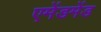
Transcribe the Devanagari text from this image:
एमेंडमेंड